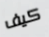
كيف